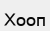
Хооп